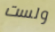
ولست